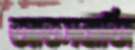
আতসবাজি